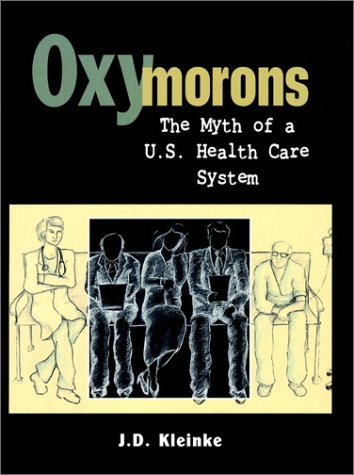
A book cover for Oxymorons: The Myth of a U.S. Health Care System; J. D. Kleinke; Medical Books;